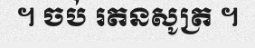
។ ចប់ រតនសូត្រ ។